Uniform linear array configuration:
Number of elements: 8
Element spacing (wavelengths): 0.5
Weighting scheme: blackman
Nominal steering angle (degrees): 45
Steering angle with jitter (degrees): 46.451
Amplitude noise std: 0.05
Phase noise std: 0.05

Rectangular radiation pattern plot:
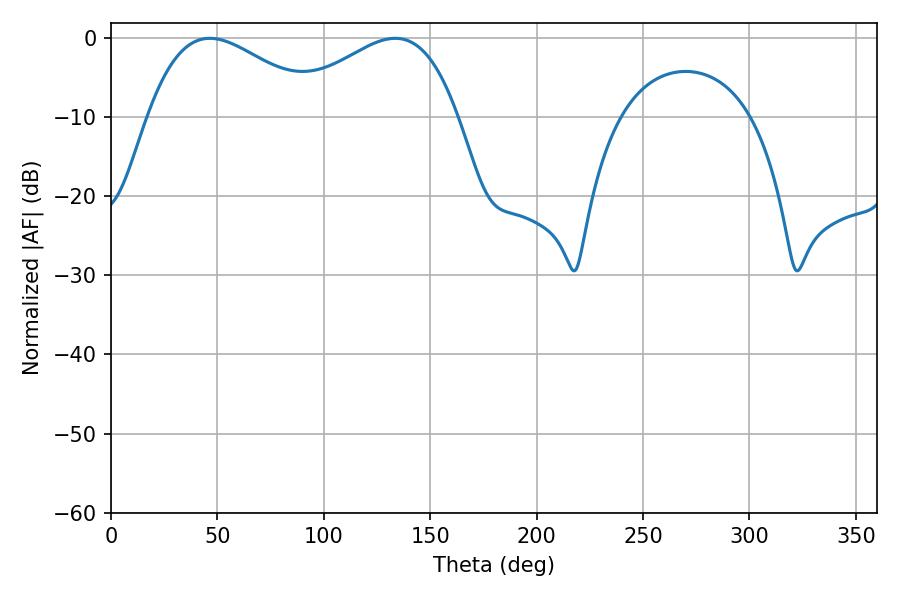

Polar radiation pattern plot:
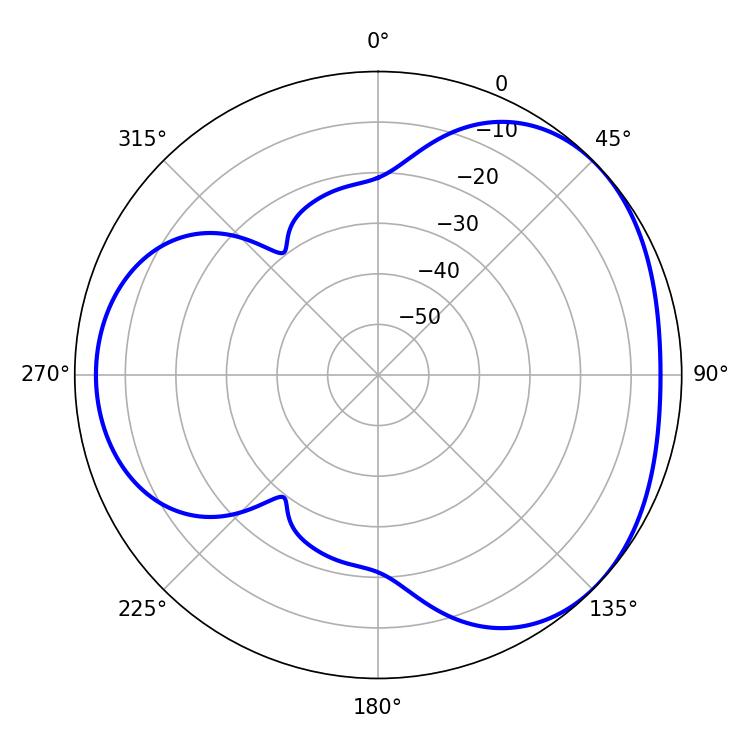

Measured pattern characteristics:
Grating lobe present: FALSE
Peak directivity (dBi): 3.374
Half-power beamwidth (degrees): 44.46
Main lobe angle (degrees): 46.44